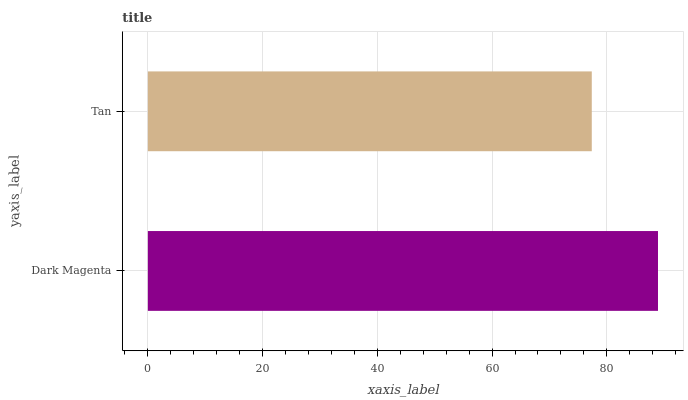
| yaxis_label | bars |
 | --- | --- |
 | Dark Magenta | 88.9 |
 | Tan | 77.4 |